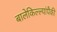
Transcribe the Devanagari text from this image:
बालेकिल्ल्यांपैकी